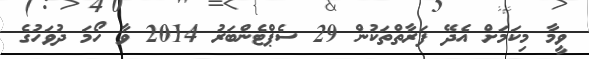
ވީމާ މިކަމަށް އެދޭ ފަރާތްތަކުން 29 ސެޕްޓެންބަރު 2014 ވާ ހޯމަ ދުވަހުގެ